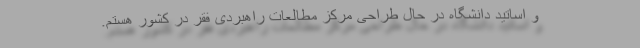
و اساتید دانشگاه در حال طراحی مرکز مطالعات راهبردی فقر در کشور هستم.